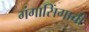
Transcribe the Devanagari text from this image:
गंगासिंगाची